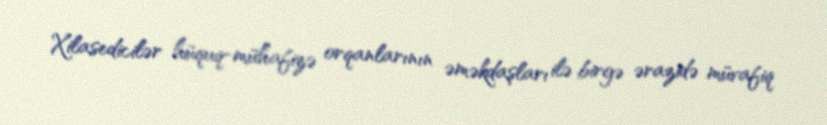
Xilasedicilər hüquq-mühafizə orqanlarının əməkdaşları ilə birgə ərazidə müvafiq